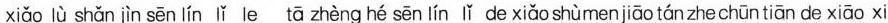
xiǎo lù shǎn jìn sēn lín lǐ le tā zhèng hé sēn lín lǐ de xiǎo shùmen jiāo tán zhe chūn tiān de xiāo xi